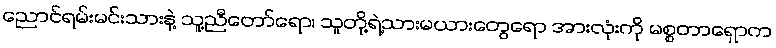
ညောင်ရမ်းမင်းသားနဲ့ သူ့ညီတော်ရော၊ သူတို့ရဲ့သားမယားတွေရော အားလုံးကို မစ္စတာရှောက